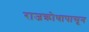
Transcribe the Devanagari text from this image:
राजक्रोधापासून